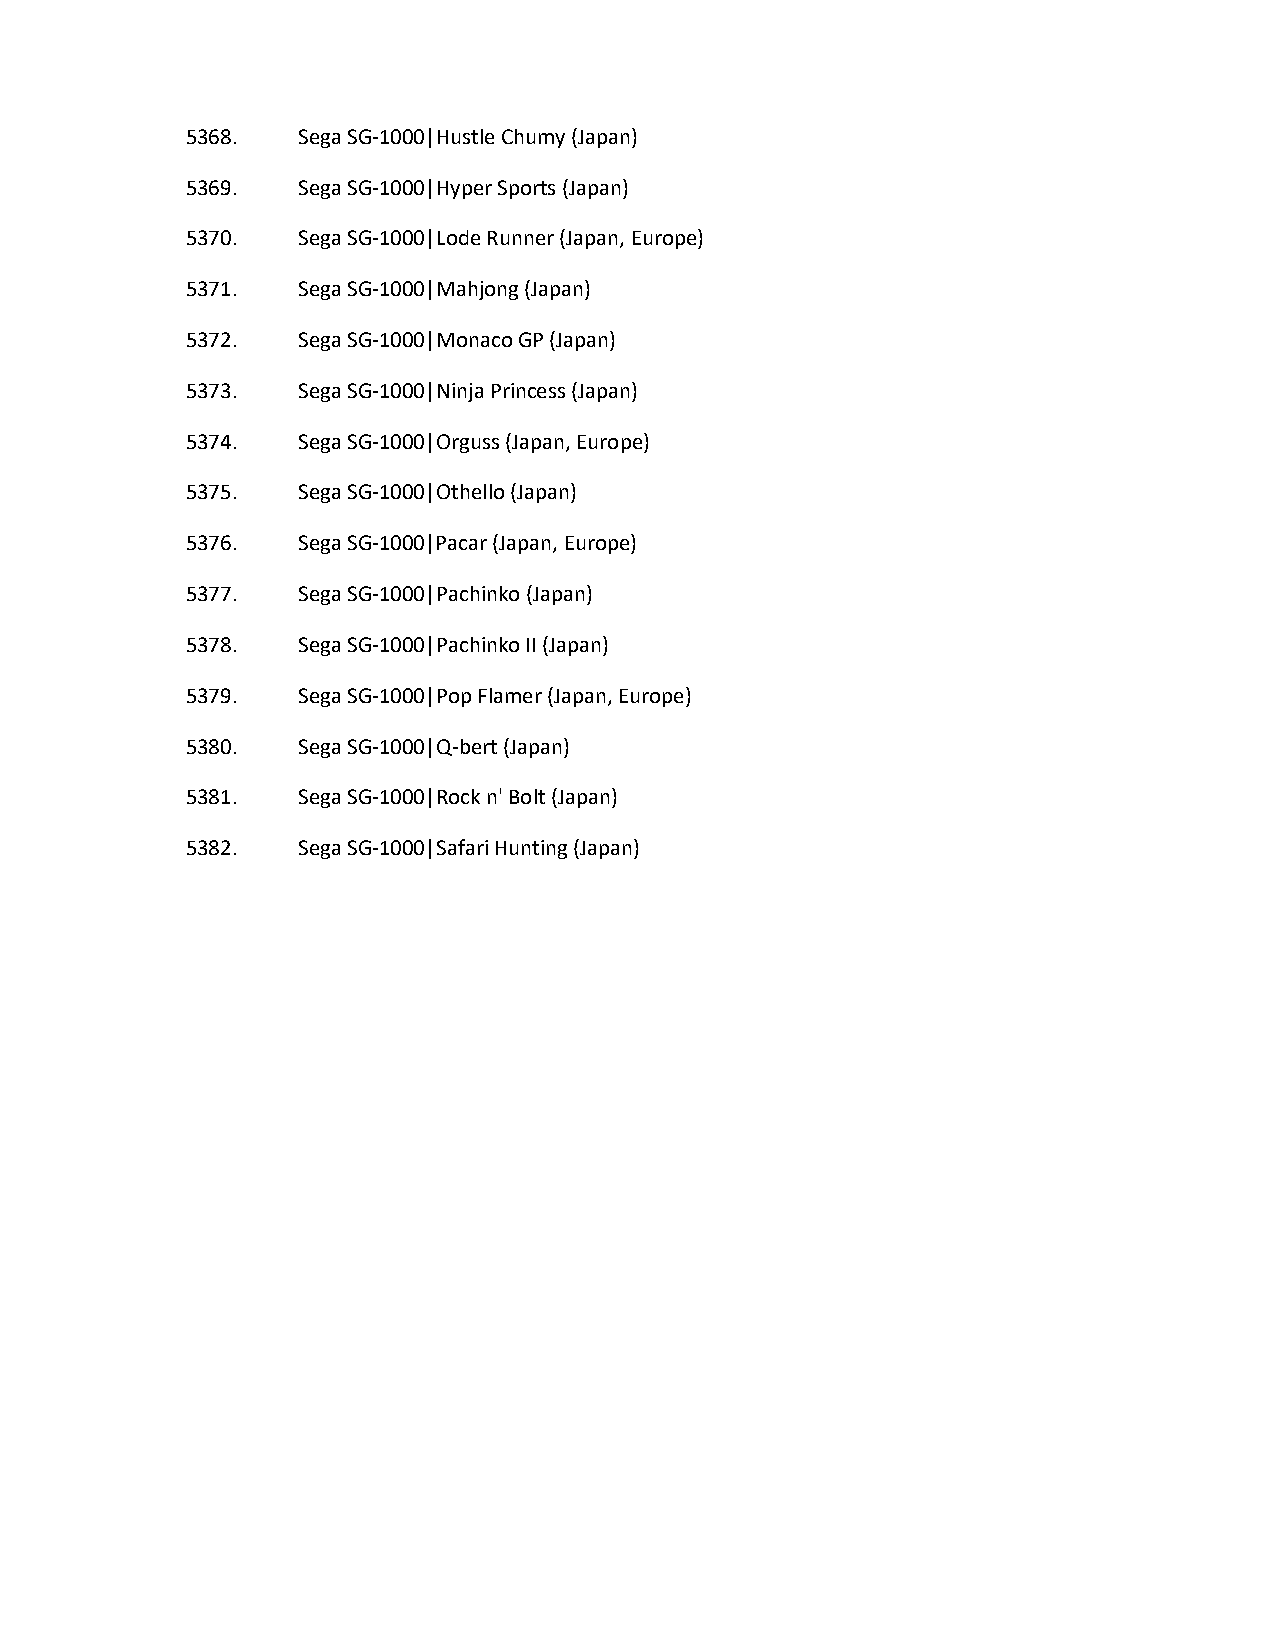
5368.   Sega SG-1000|Hustle Chumy (Japan)
 5369.   Sega SG-1000|Hyper Sports (Japan)
 5370.   Sega SG-1000|Lode Runner (Japan, Europe)
 5371.   Sega SG-1000|Mahjong (Japan)
 5372.   Sega SG-1000|Monaco GP (Japan)
 5373.   Sega SG-1000|Ninja Princess (Japan)
 5374.   Sega SG-1000|Orguss (Japan, Europe)
 5375.   Sega SG-1000|Othello (Japan)
 5376.   Sega SG-1000|Pacar (Japan, Europe)
 5377.   Sega SG-1000|Pachinko (Japan)
 5378.   Sega SG-1000|Pachinko II (Japan)
 5379.   Sega SG-1000|Pop Flamer (Japan, Europe)
 5380.   Sega SG-1000|Q-bert (Japan)
 5381.   Sega SG-1000|Rock n' Bolt (Japan)
 5382.   Sega SG-1000|Safari Hunting (Japan)